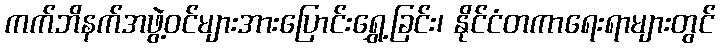
ကက်ဘိနက်အဖွဲ့ဝင်များအားပြောင်းရွှေ့ခြင်း၊ နိုင်ငံတကာရေးရာများတွင်